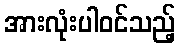
အားလုံးပါဝင်သည့်